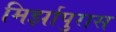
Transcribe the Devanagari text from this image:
मिर्झापुरास